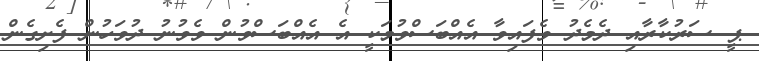
ޕީ ސަރުކާރާއި ދެމެދު ވެފައިވާ އެއްބަސްވުމަކީ އެ އެއްބަސްވުން ވެވުނު ދުވަހުން ފެށިގެން